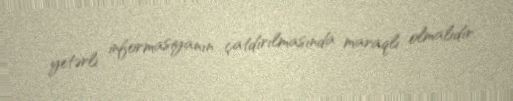
yetərli informasiyanın çatdırılmasında maraqlı olmalıdır.